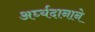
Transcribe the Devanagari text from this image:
अर्घ्यदानाने